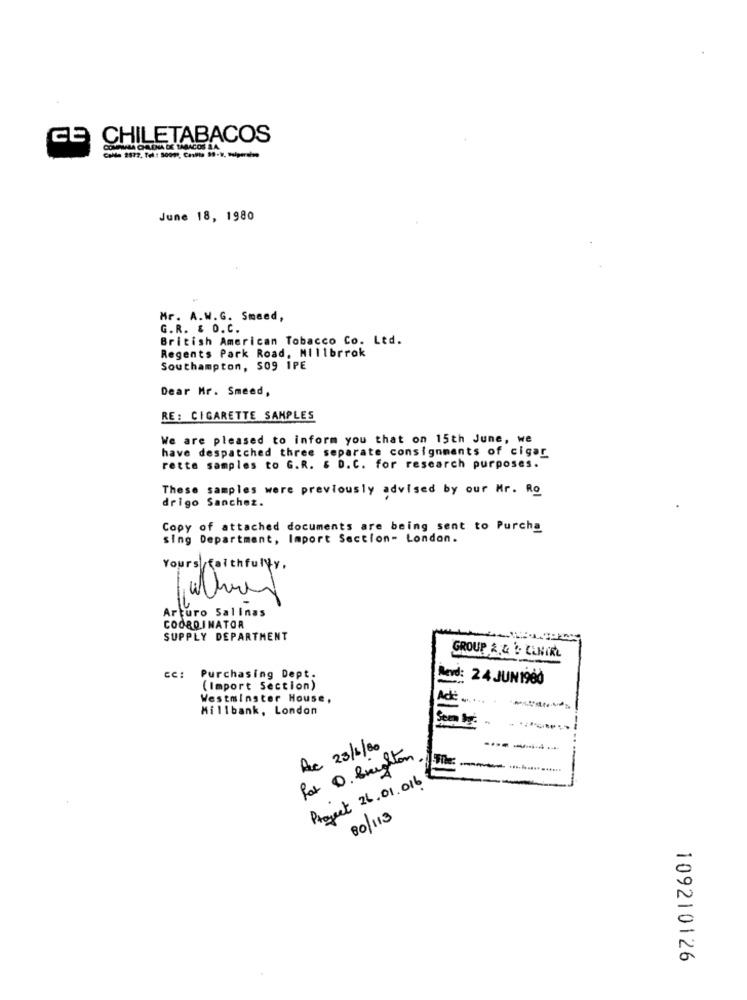
ce
CHILETABACOS
COMPAMAA CATENA LE TABACOS I.A.
June 18, 1980
Mr. A.W.G. Smeed,
G.R. & O.C.
British American Tobacco Co. Ltd.
Regents Park Road, MIIlbrrok
Southampton, 509 1PE
Dear Mr. Smeed,
RE: CIGARETTE SAMPLES
We are pleased to inform you that on 15th June, we
have despatched three separate consignments of cigar
rette samples to G.R. & D.C. for research purposes.
These samples were previously advised by our Mr. Ro
drigo Sanchez.
Copy of attached documents are being sent to Purcha
sing Department, Import Section- London.
Yours faithfully.
Arturo Salinas
COORDINATOR
SUPPLY DEPARTMENT
GROUP & & L CLMIRL
CC:
Purchasing Dept.
Revd: 24 JUN1960
(Import Section)
Westminster House,
Ad:
Millbank, London
Re 23/6/20
Fot O. Brighton
-
Project 26.01.016
80/113
109210126